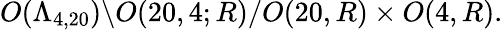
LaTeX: O(\Lambda_{4,20})\backslash O(20,4;R)/O(20,R)\times O(4,R).